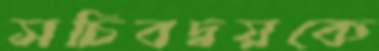
সচিবদ্বয়কে